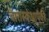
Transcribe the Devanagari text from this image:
बारास्कंधापैकी